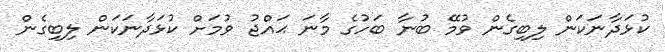
ކުޅަދާނަކަން ލިބިގެން ވުމޭ ބުނާ ބަހުގެ މާނަ ޙައްޖު ވުމަށް ކުޅަދާނަކަން ލިބިގެން